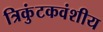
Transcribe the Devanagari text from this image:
त्रिकुंटकवंशीय